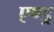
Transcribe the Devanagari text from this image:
एण्ड्र